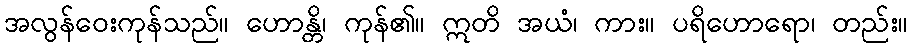
အလွန်ဝေးကုန်သည်။ ဟောန္တိ၊ ကုန်၏။ ဣတိ အယံ၊ ကား။ ပရိဟောရော၊ တည်း။